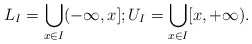
\begin{align*}L_I=\bigcup_{x\in I} (-\infty,x]; U_I=\bigcup_{x\in I} [x,+\infty).\end{align*}